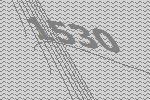
1530